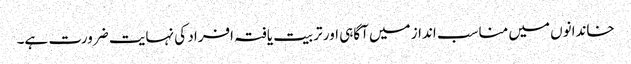
خاندانوں میں مناسب انداز میں آگاہی اور تربیت یافتہ افراد کی نہایت ضرورت ہے۔